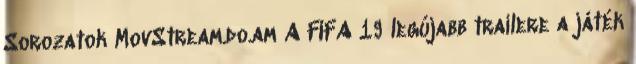
Sorozatok MovStream.do.am A FIFA 19 legújabb trailere a játék